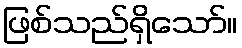
ဖြစ်သည်ရှိသော်။